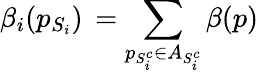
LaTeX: \beta_{i}(p_{S_{i}})\, =\displaystyle\sum_{p_{S_{i}^{c}}\in A_{S_{i}^{c}}}\beta(p)